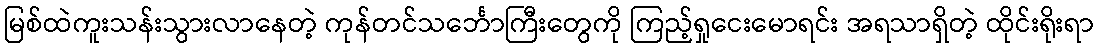
မြစ်ထဲကူးသန်းသွားလာနေတဲ့ ကုန်တင်သင်္ဘောကြီးတွေကို ကြည့်ရှုငေးမောရင်း အရသာရှိတဲ့ ထိုင်းရိုးရာ